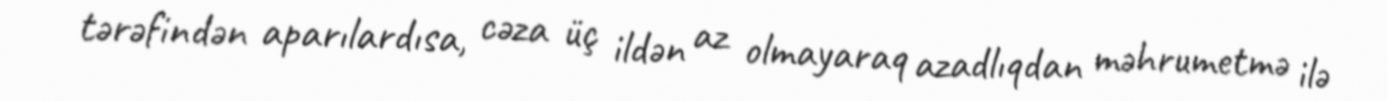
tərəfindən aparılardısa, cəza üç ildən az olmayaraq azadlıqdan məhrumetmə ilə